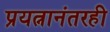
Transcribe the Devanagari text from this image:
प्रयत्नानंतरही